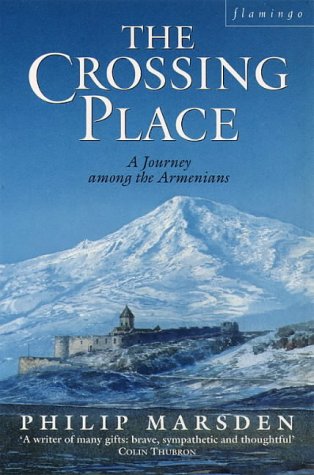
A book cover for The Crossing Place: Journey Among the Armenians; Philip Marsden-Smedley; Travel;